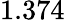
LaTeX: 1.374